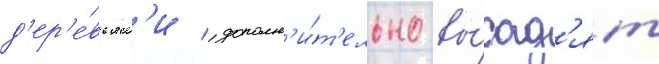
д'ер'е́вьям'и / дополн'и́т'ельно вы́сад'ят